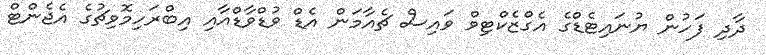
ދާދި ފަހުން ޔުނައިޓެޑްގެ އެގްޒެކްޓިވް ވައިސް ޗެއާމަން އެޑް ވުޑްވާޑްއާއި އިބްރަހިމޮވިޗުގެ އެޖެންޓް